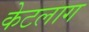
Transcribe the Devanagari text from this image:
केटलाग